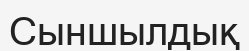
Сыншылдық